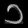
Digit: ၁